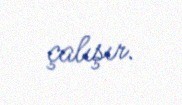
çalışır.